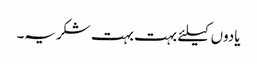
یادوں کیلئے بہت بہت شکریہ۔